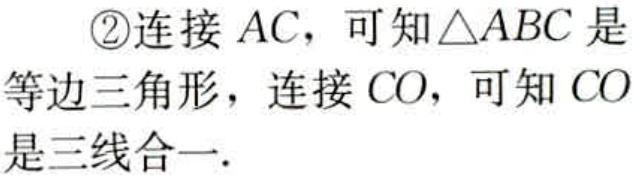
\textcircled{2}连接 \(AC\)，可知\(\triangle ABC\)是等边三角形，连接 \(CO\)，可知 \(CO\)是三线合一.